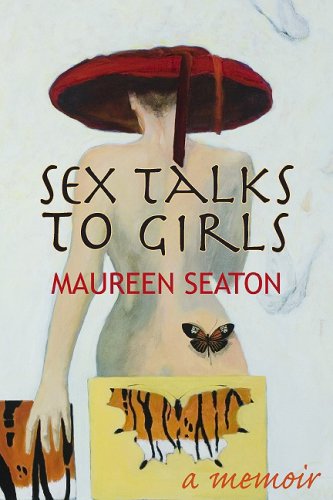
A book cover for Sex Talks to Girls: A Memoir (Living Out: Gay and Lesbian Autobiog); Maureen Seaton; Gay & Lesbian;